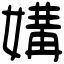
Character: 媾